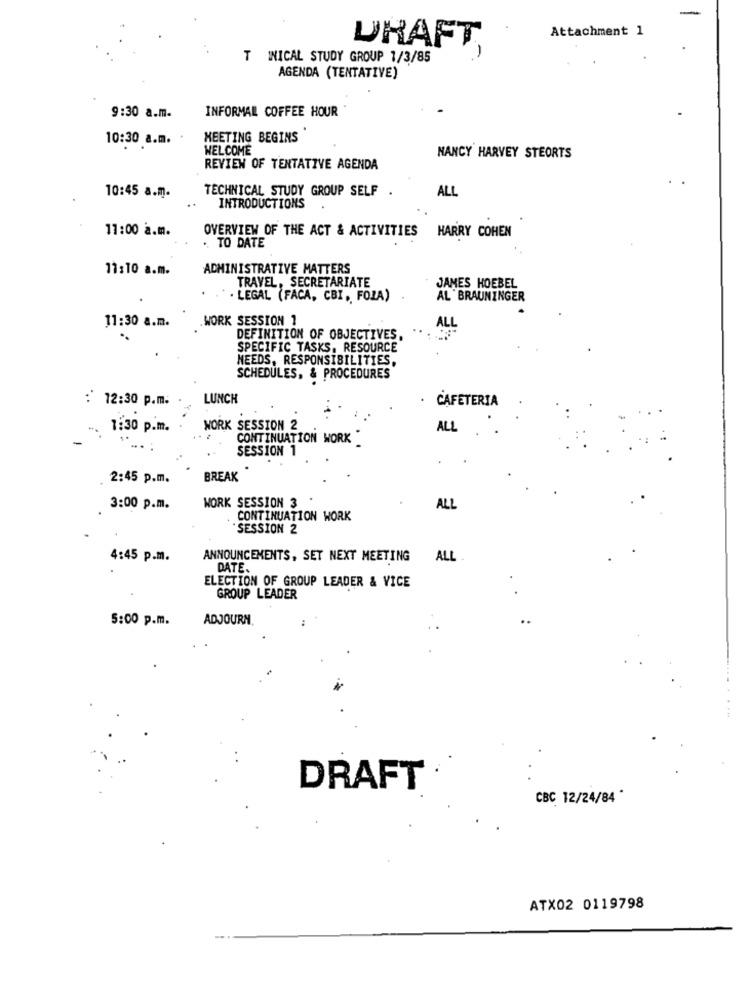
Attachment 1
DRAFT
-
T INICAL STUDY GROUP 1/3/85
AGENDA (TENTATIVE)
INFORMAL COFFEE HOUR
9:30 a.m.
10:30 a.m.
MEETING BEGINS
WELCOME
NANCY HARVEY STEORTS
REVIEN OF TENTATIVE AGENDA
TECHNICAL STUDY GROUP SELF .
ALL
10:45 a.m.
INTRODUCTIONS
11:00 a.m.
OVERVIEW OF THE ACT & ACTIVITIES HARRY COHEN
.. TO DATE
11:10 a.m.
ADMINISTRATIVE MATTERS
TRAVEL, SECRETARIATE
JAMES HOEBEL
LEGAL (FACA, CBI, FOIA)
AL BRAUNINGER
.WORK SESSION 1
11:30 a.m.
DEFINITION OF OBJECTIVES,
SPECIFIC TASKS. RESOURCE
NEEDS, RESPONSIBILITIES.
SCHEDULES, & PROCEDURES
:' 12:30 p.m.
LUNCH
CAFETERIA
1:30 p.m.
WORK SESSION 2
ALL
..
CONTINUATION WORK
SESSION 1
2:45 p.m.
BREAK
3:00 p.m.
WORK SESSION 3
ALL
CONTINUATION WORK
SESSION 2
4:45 p.m.
ANNOUNCEMENTS, SET NEXT MEETING
ALL
DATE.
ELECTION OF GROUP LEADER & VICE
GROUP LEADER
5:00 p.m.
ADJOURN
DRAFT
CBC 12/24/84 *
ATX02 0119798